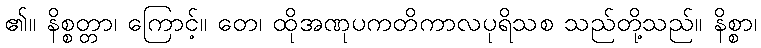
၏။ နိစ္စတ္တာ၊ ကြောင့်။ တေ၊ ထိုအဏုပကတိကာလပုရိသစ သည်တို့သည်။ နိစ္စာ၊